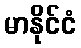
မာနိုင်ငံ